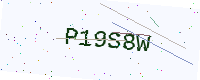
Text: P19S8W